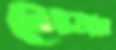
জেতার